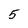
Character: 5